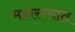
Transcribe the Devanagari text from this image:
महारण्यात